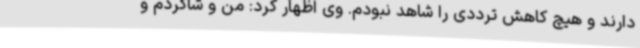
دارند و هیچ کاهش ترددی را شاهد نبودم. وی اظهار کرد: من و شاگردم و